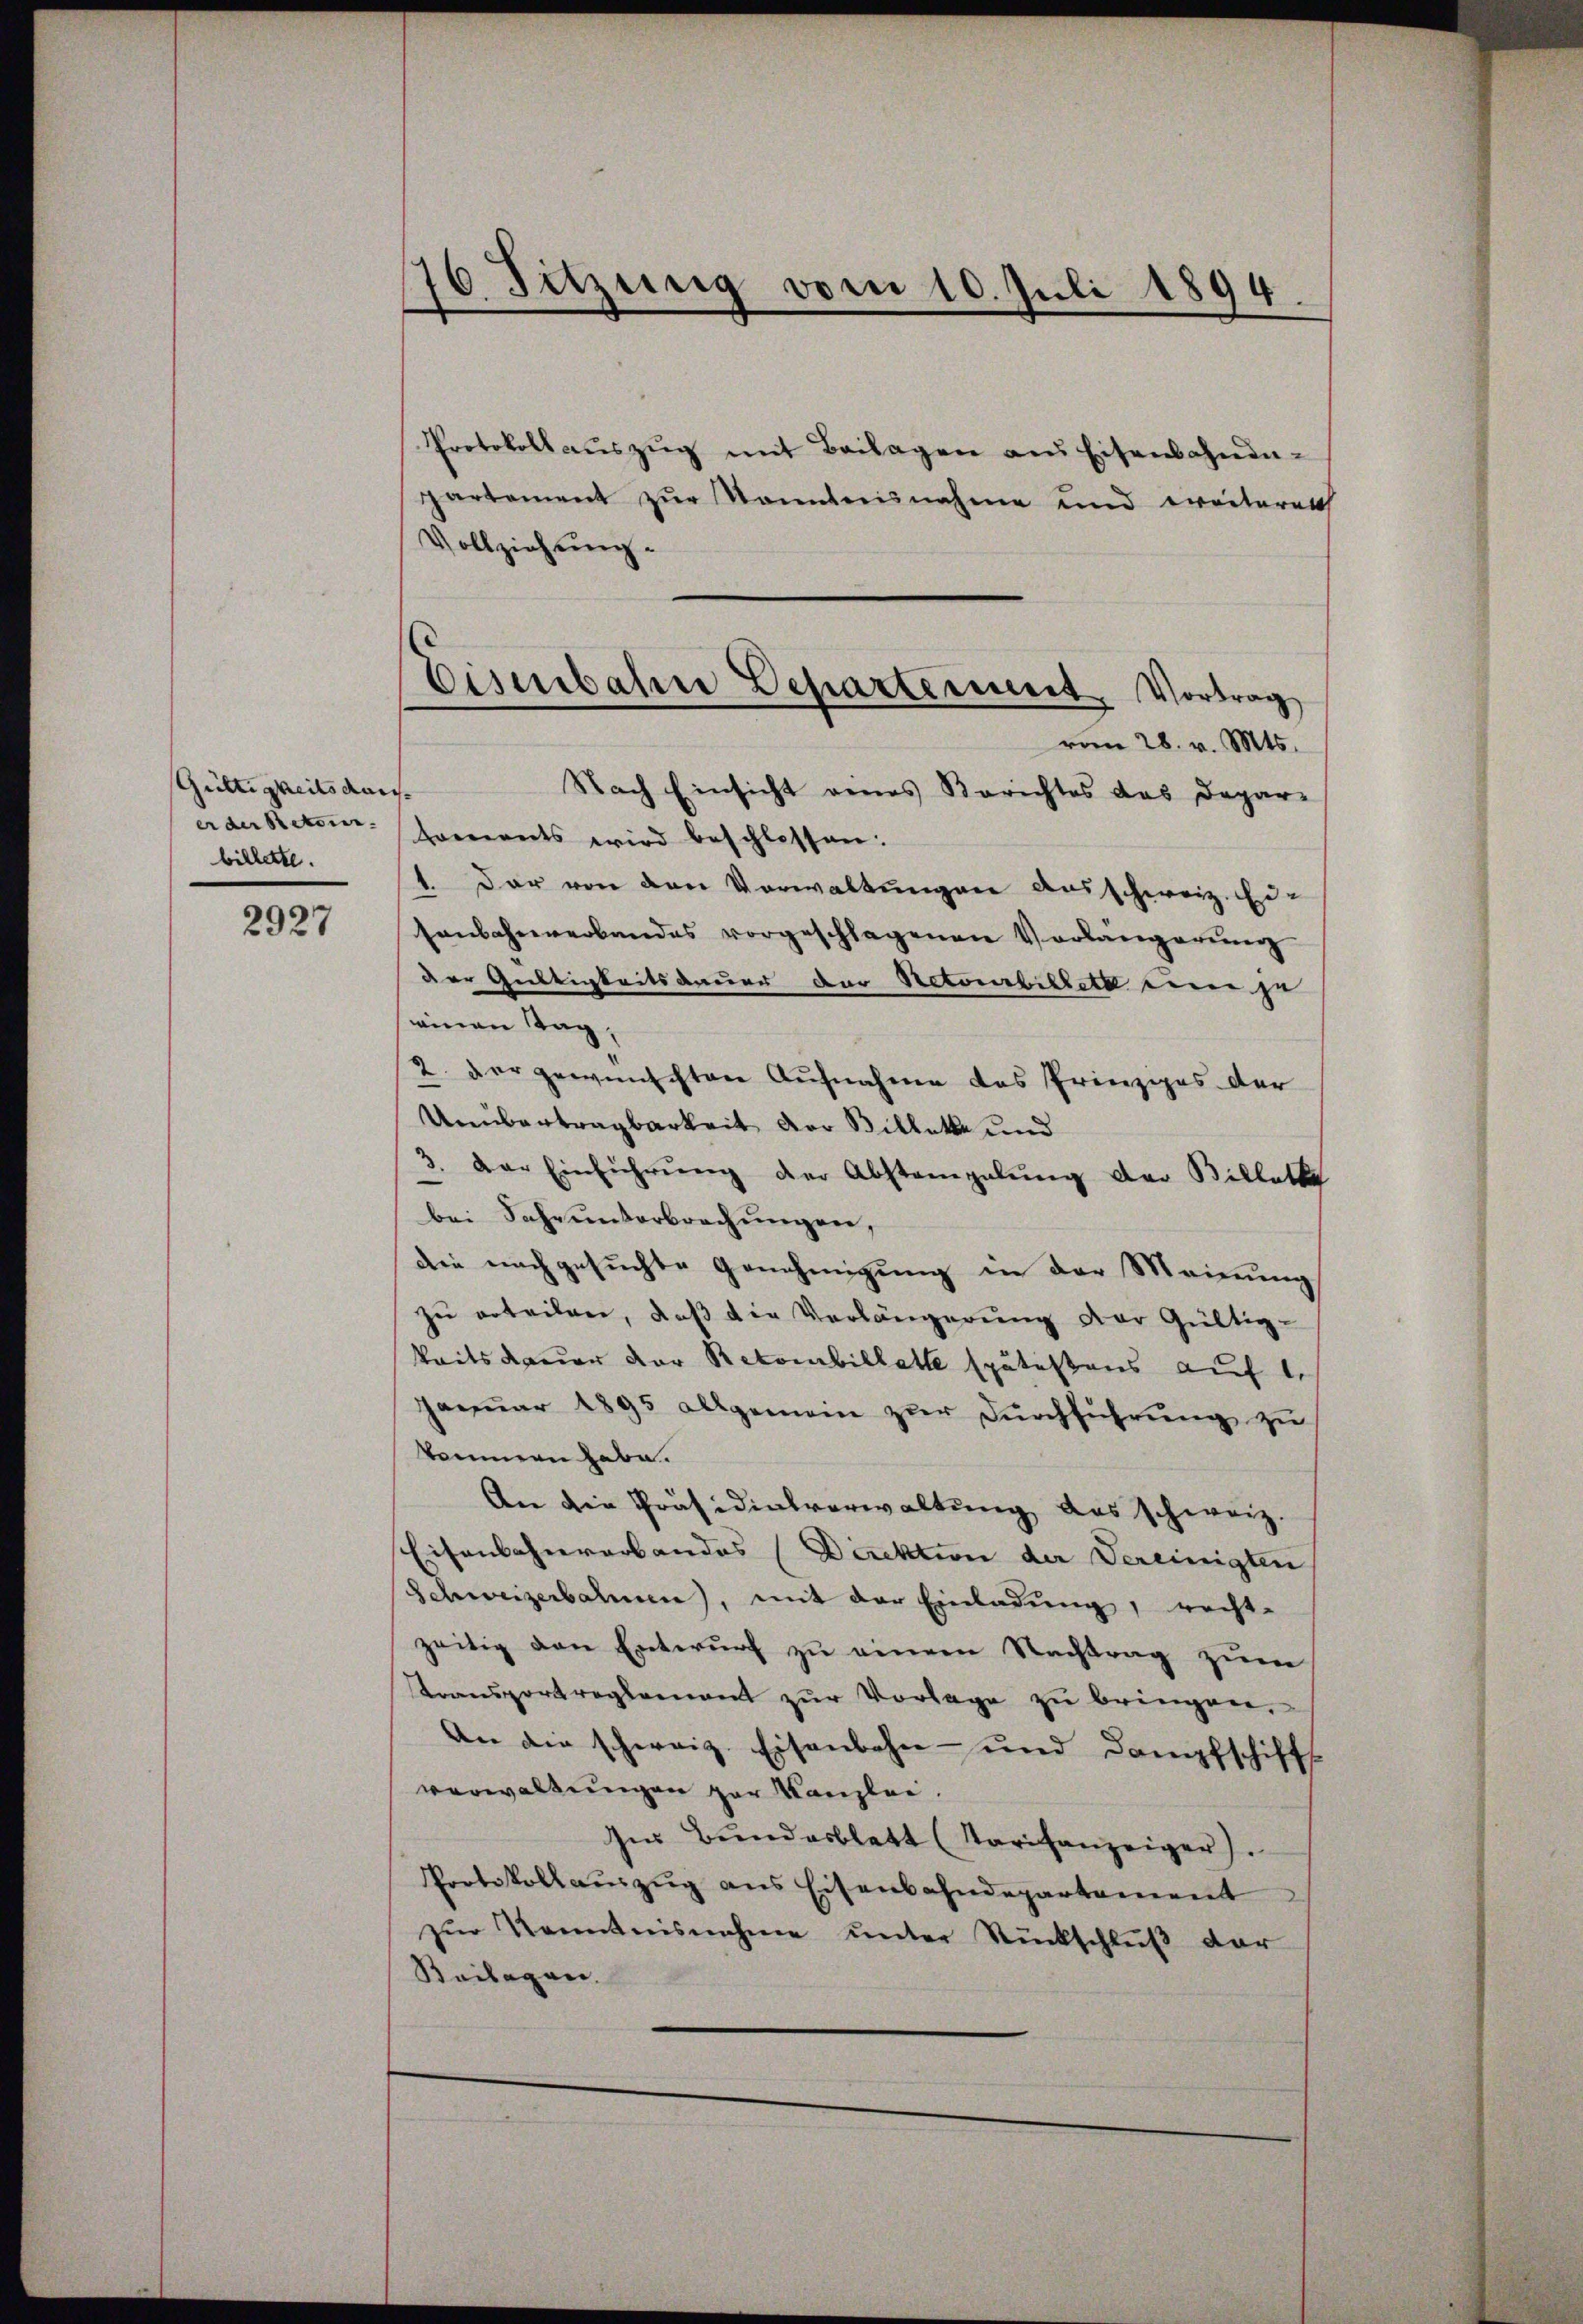
Gültigkeits darer der Retori
billette.

2927

16. Sitzŭng vom 10. Juli 1894.
¬

Protokollaŭszŭg mit Beilagen aus Eisenbahnenpartement zur Sonntensnahme und ereiterett
Vollziehung.
Nach Einsicht eines Berichtes das Depar-
trements wird beschlossen:
1. Der von den Vorwaltungen aus schweiz. Ei-
senbahnverbandes vorgeschlagenen Vorlängerŭng
der Gültigkeitsdauer der Retourbillett einen zu
winen Tag,
2. der gewünschten Aufnahme des Prinzipes der
Unübertragbarkeit der Billette und
3. Der Einführŭng der Abstampelung der Billette
bei Sache unterbrechungen,
dee nachgesuchte Genehmigung in der Meinung
zu erteilen, daß die Verlängerung der Gültig-
keitsdauer der Retornbillette spätestens auf 1.
Januar 1895 allgemein zur Durchführung zu
kommen habe.
An die Präsidialverwaltung das schweiz.
Eisenbahnrarbandes (Direktion der Vereinigten
Schweizerbahnen, mit der Einladung, recht-
zeitig von Entwurf zu einem Nachtrag zum
Stransportreglement zur Vorlage zu bringen,
An die schweiz. Eisenbahn- und Dampfschiffs
verwaltungen par Kanzlei.
sner Bundesblatt (Tarifanzeiger).
Protokollaŭszŭg ans Eisenbahndepartement
zŭr Kenntnisnahme unter Rückschlŭβ der
Beilagen.

Eisenbahre Departement. Vortrag
vom 28. v. Mts.